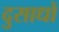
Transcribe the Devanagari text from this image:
दुसाधों